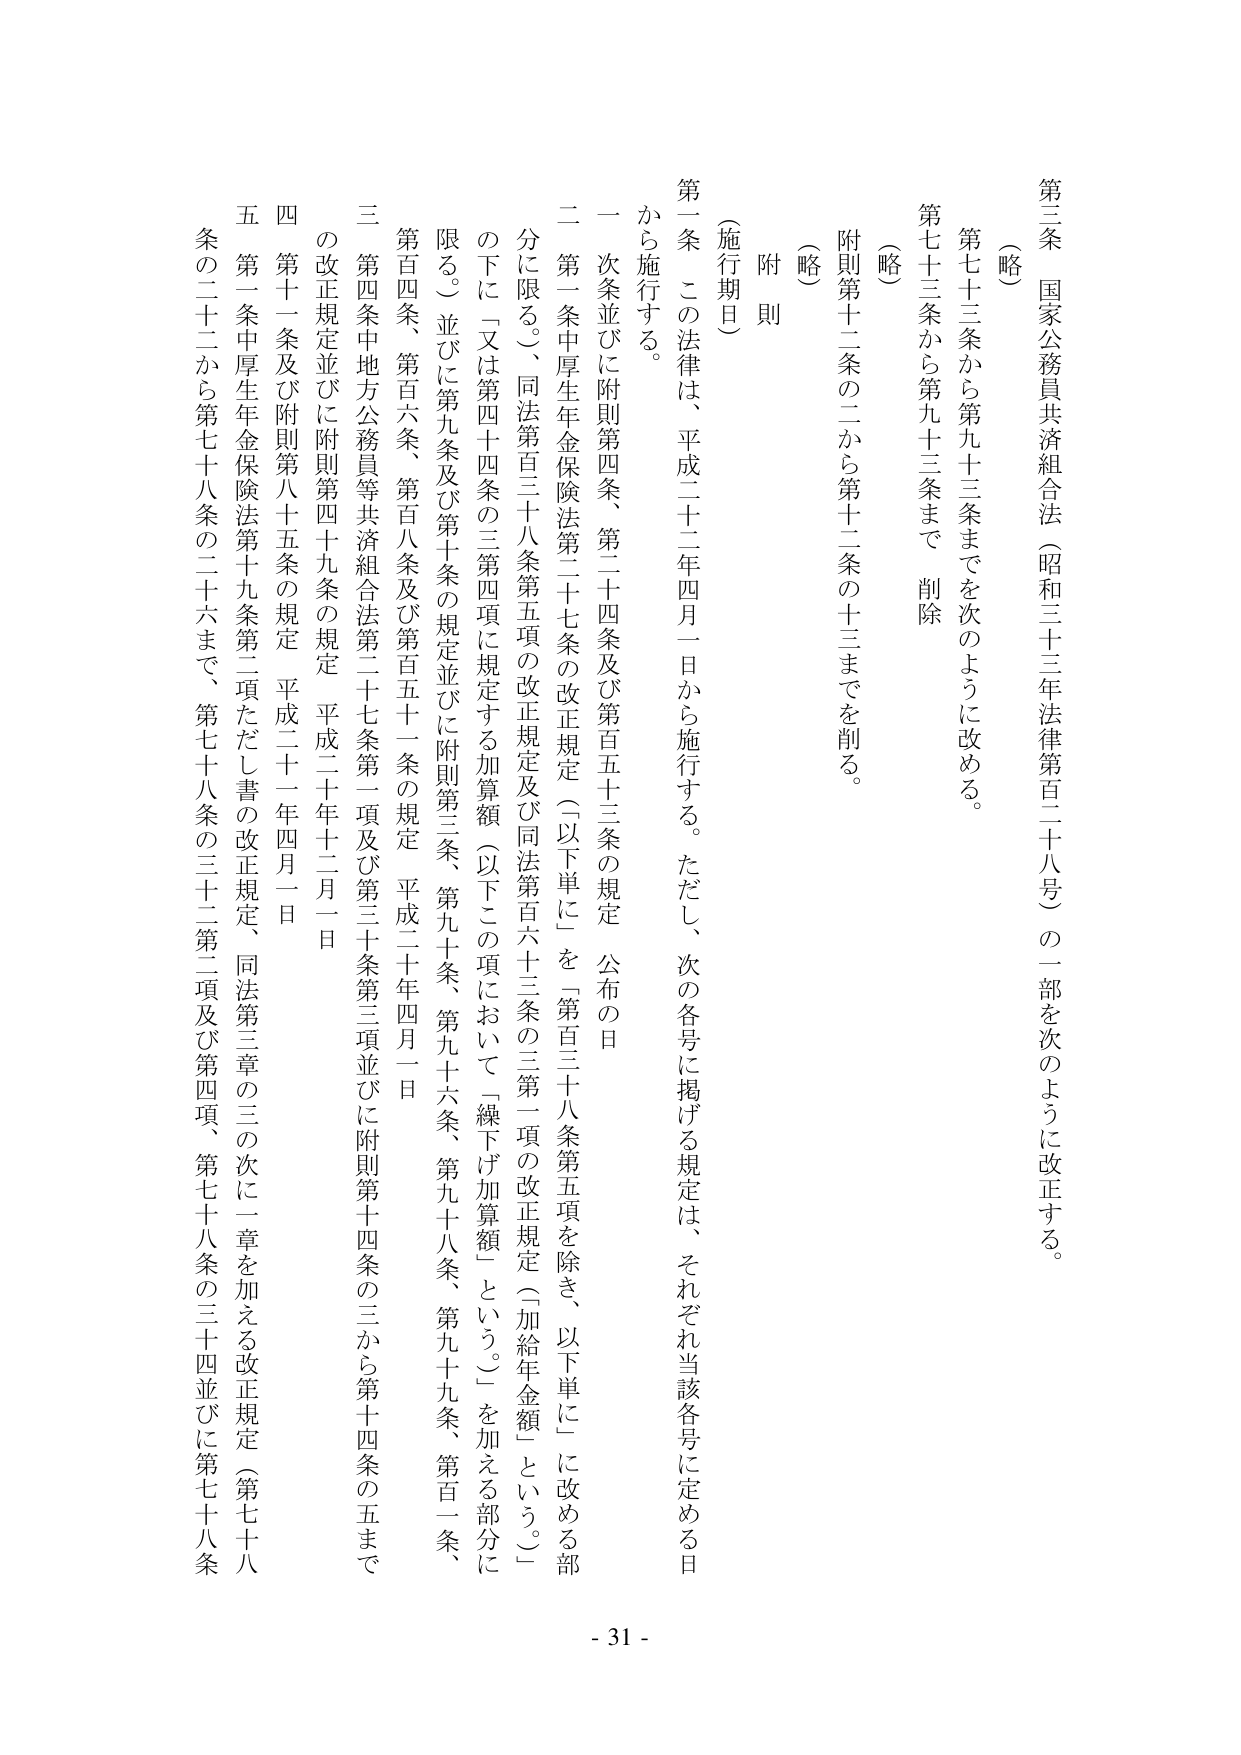
第三条　国家公務員共済組合法（昭和三十三年法律第百二十八号）の一部を次のように改正する。

（略）
第七十三条から第九十三条までを次のように改める。
第七十三条から第九十三条まで　削除

（略）
附則第十二条の二から第十二条の十三までを削る。

（附則）

（施行期日）
第一条　この法律は、平成二十二年四月一日から施行する。ただし、次の各号に掲げる規定は、それぞれ当該各号に定める日から施行する。

一　次条並びに附則第四条、第二十四条及び第百五十三条の規定、公布の日
二　第一条中厚生年金保険法第二十七条の改正規定（以下単に「第百三十八条第五項を除き、以下単に」に改める部分に限る。）、同法第百三十八条第五項の改正規定及び同法第百六十三条の三第一項の改正規定（「加給年金額」という。）の下に「又は第四十四条の三第四項に規定する加算額（以下この項において「繰下げ加算額」という。）」を加える部分に限る。）並びに第九条及び第十条の規定並びに附則第三条、第九十条、第九十六条、第九十八条、第九十九条、百一条、第百四条、第百六条、第百八条及び第百五十一条の規定　平成二十年四月一日
三　第四条中地方公務員等共済組合法第二十七条第一項及び第三十条第三項並びに附則第十四条の三から第十四条の五までの改正規定並びに附則第四十九条の規定　平成二十一年十二月一日
四　第十一条及び附則第八十五条の規定　平成二十一年四月一日
五　第一条中厚生年金保険法第十九条第二項ただし書の改正規定、同法第三章の三の次に一章を加える改正規定（第七十八条の二十二から第七十八条の二十六まで、第七十八条の三十二第二項及び第四項、第七十八条の三十四並びに第七十八条

- 31 -